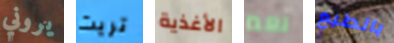
يروني تريث الأغذية نعم بالطبع